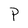
Character: P